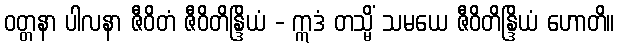
ဝတ္တနာ ပါလနာ ဇီဝိတံ ဇီဝိတိန္ဒြိယံ - ဣဒံ တသ္မိံ သမယေ ဇီဝိတိန္ဒြိယံ ဟောတိ။